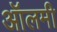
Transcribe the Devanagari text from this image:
ऑलमी